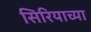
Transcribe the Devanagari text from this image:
सिरियाच्या